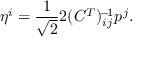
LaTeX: \eta ^ { i } = \frac { 1 } { \sqrt { 2 } } 2 ( C ^ { T } ) _ { i j } ^ { \! - \! 1 } p ^ { j } .